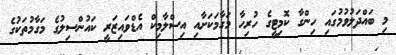
މި ބައްދަލުވުމުގައި ހިންގާ ކޮމިޓީގެ ހުރިހާ މަގާމަކަށާއި އިސްލާމިކް އެޑްވައިޒަރީ ކައުންސިލުގެ މަގާމުތަކުގެ